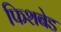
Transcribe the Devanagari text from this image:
फिशबेड